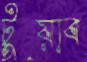
টুয়াব